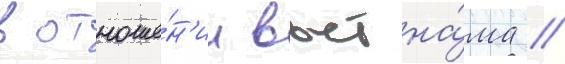
в отноше́н'ии вьетна́ма /